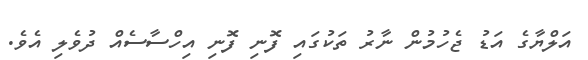
އަލްޔާގެ އަޑު ޖެހުމުން ނާރު ތަކުގައި ފޮނި ފޮނި އިހްސާސެއް ދުވެލި އެވެ.